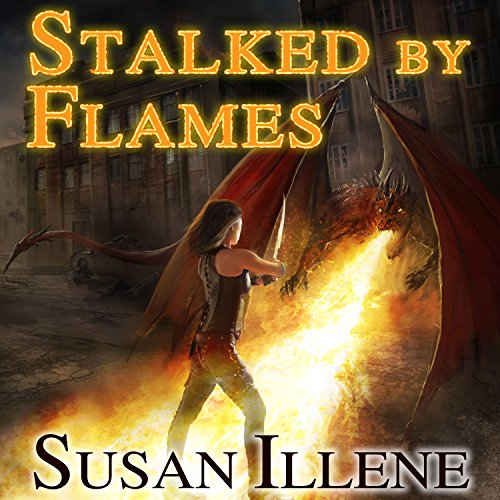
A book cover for Stalked by Flames: Dragon's Breath Series #1; Susan Illene; Science Fiction & Fantasy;